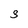
Character: S